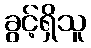
ခွင့်ရှိသူ